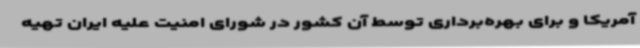
آمریکا و برای بهره‌برداری توسط آن کشور در شورای امنیت علیه ایران تهیه